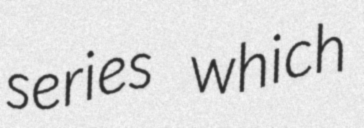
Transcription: series which